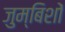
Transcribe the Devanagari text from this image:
जुम्बिशों